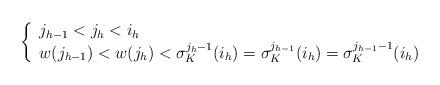
LaTeX: \begin{align*}\left\{\begin{array}{ll} j_{h-1}< j_h< i_h \\ w(j_{h-1}) < w(j_h) < \sigma^{j_h-1}_K(i_{h})=\sigma^{j_{h-1}}_K(i_{h}) =\sigma^{j_{h-1}-1}_K(i_h) \end{array} \right.\end{align*}